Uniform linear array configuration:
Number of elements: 24
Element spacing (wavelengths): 0.75
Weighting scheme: hann
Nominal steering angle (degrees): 60
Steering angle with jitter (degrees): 58.822
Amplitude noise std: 0.05
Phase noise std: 0.05

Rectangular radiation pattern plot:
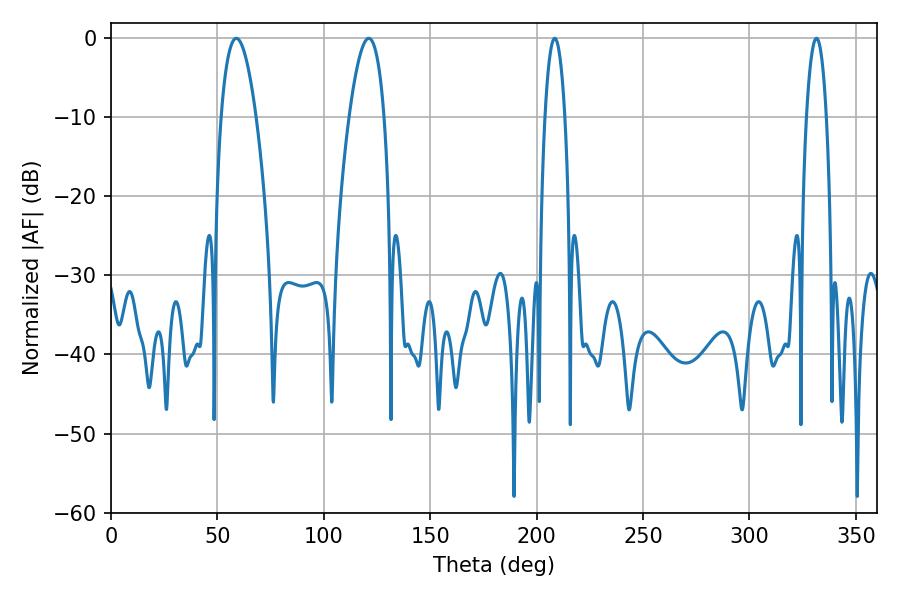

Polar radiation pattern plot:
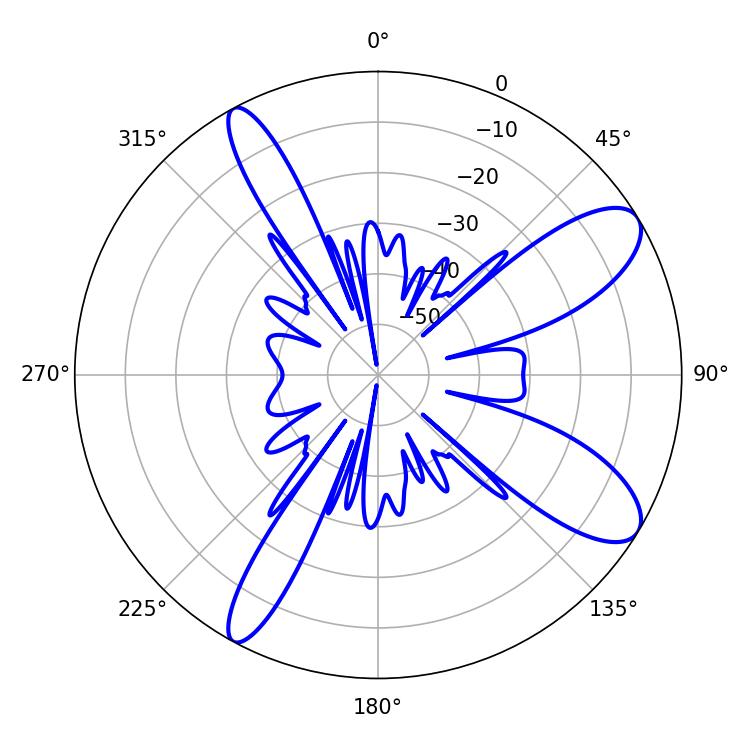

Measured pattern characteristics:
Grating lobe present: TRUE
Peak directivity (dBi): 10.029
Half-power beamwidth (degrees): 9
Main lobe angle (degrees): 58.86